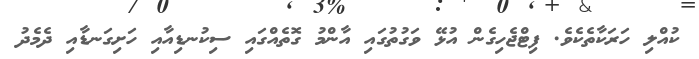
ކުއްލި ހަރަކާތެކެވެ. ފިޓްޖެހިގެން އުޅޭ ވަގުތުގައި އާންމު ގޮތެއްގައި ސިކުނޑިއާއި ހަށިގަނޑާއި ދެމެދު